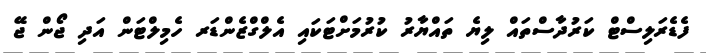
ފެޑެރަލިސްޓް ކަރުދާސްތައް ލިޔެ ތައްޔާރު ކުރުމަށްޓަކައި އެލްގްޒެންޑަރ ހެމިލްޓަން އަދި ޖޯން ޖޭ